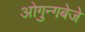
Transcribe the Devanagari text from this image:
ओगुन्गबेजे